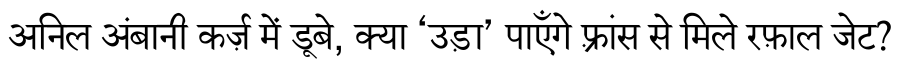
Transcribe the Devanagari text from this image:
अनिल अंबानी कर्ज़ में डूबे, क्या ‘उड़ा’ पाएँगे फ़्रांस से मिले रफ़ाल जेट?